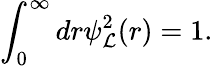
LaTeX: \displaystyle\int_{0}^{\infty}dr\psi_{\mathcal{L}}^{2}(r)=1.